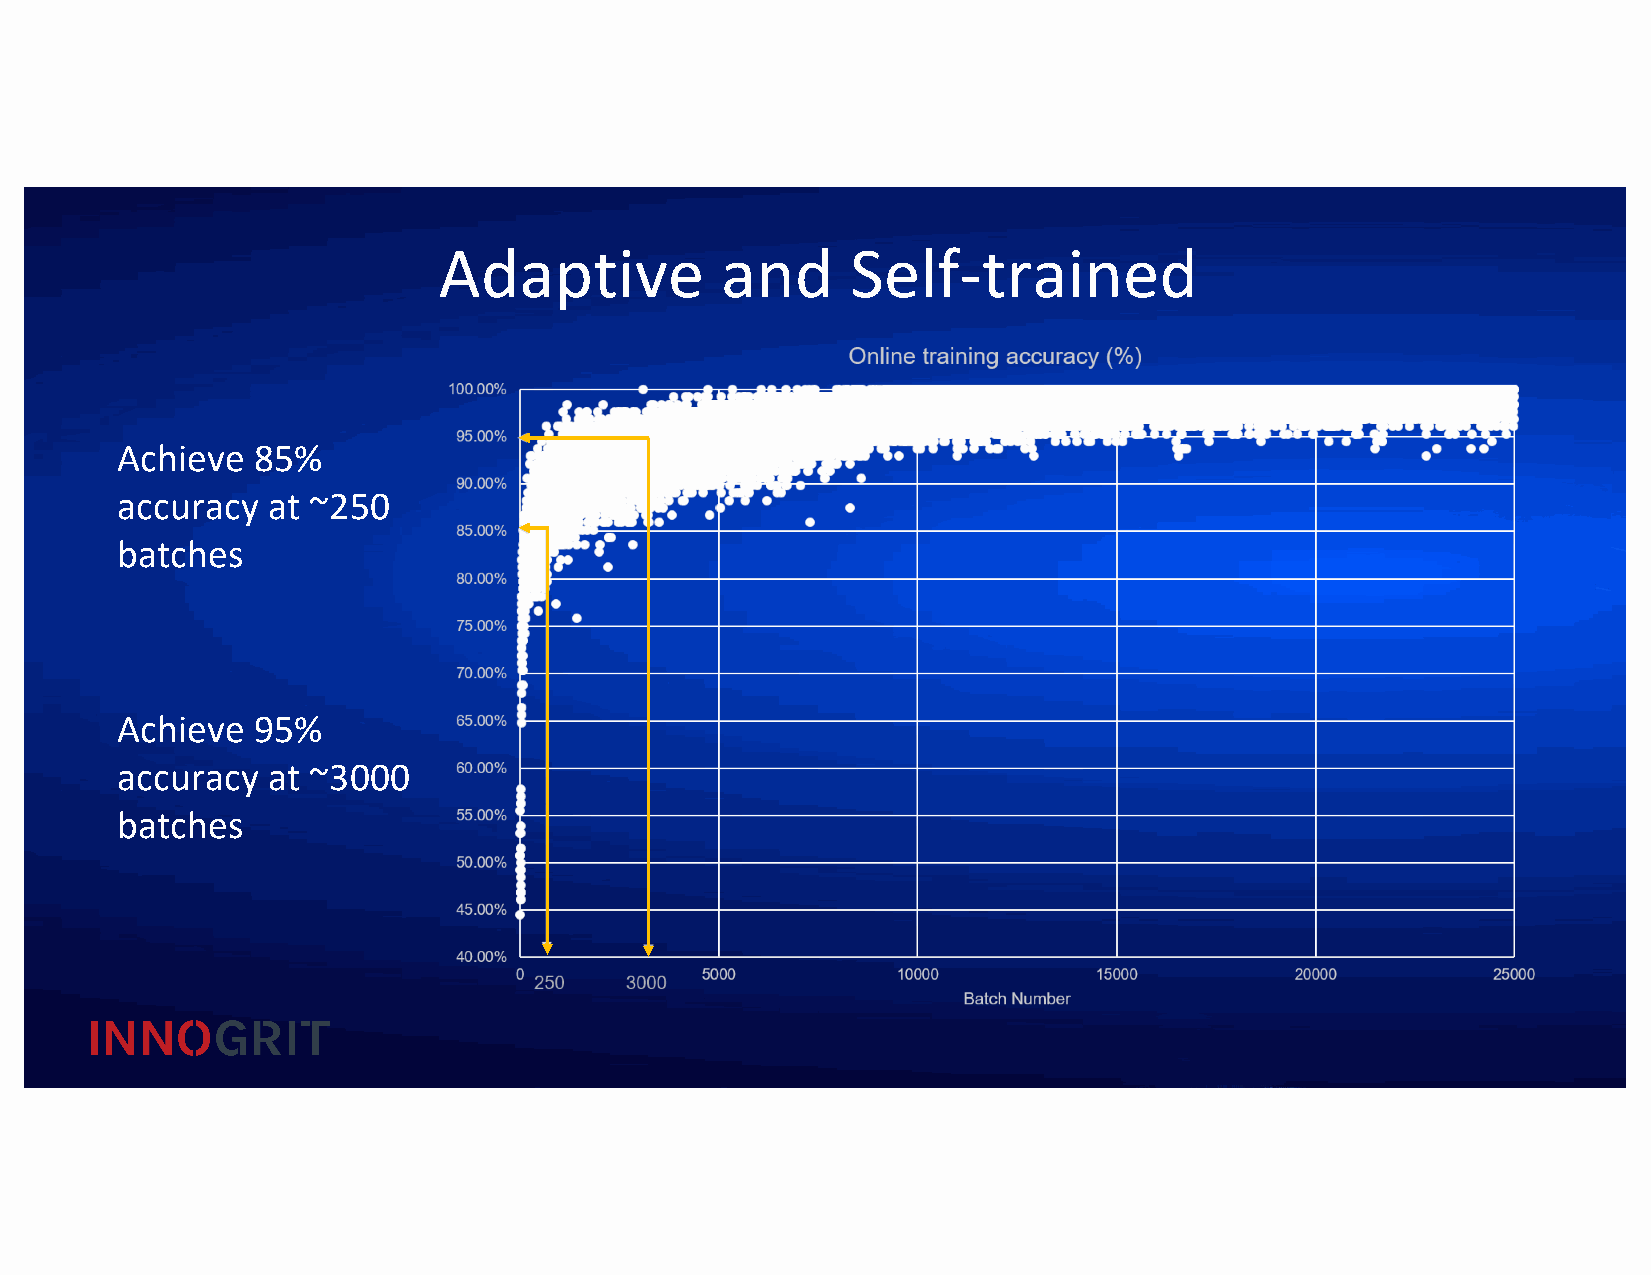
Adaptive           and     Self-trained
 Achieve  85%
 accuracy  at ~250
 batches
 Achieve  95%
 accuracy  at ~3000
 batches